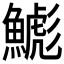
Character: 𲌾